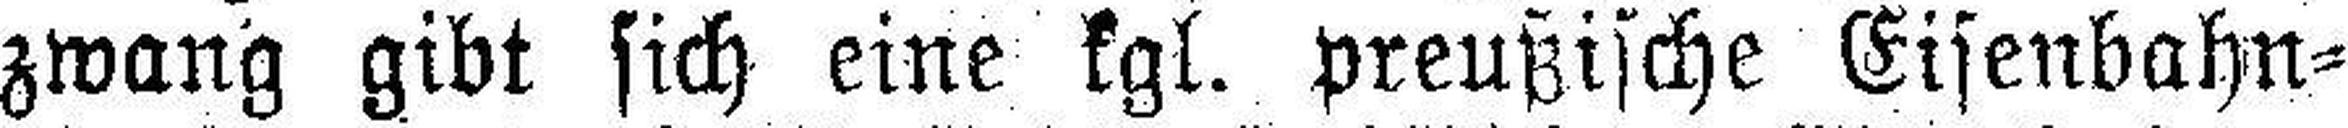
zwang gibt sich eine kgl. preußische Eisenbahn¬